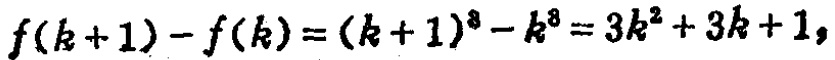
\[f(k + 1) - f(k) = (k + 1)^3 - k^3 = 3k^2 + 3k + 1,\]